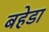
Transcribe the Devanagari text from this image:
बहेडा